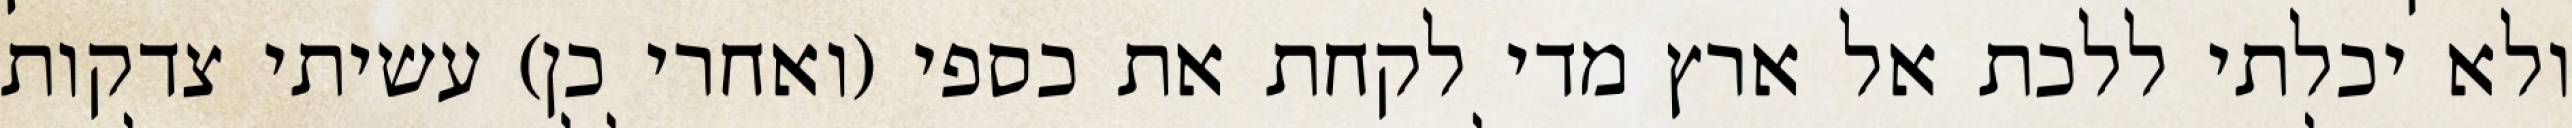
ולא יכלתי ללכת אל ארץ מדי לקחת את כספי (ואחרי כן) עשיתי צדקות